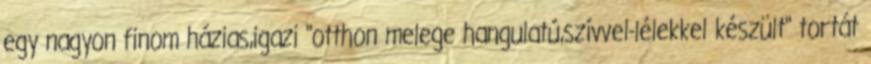
egy nagyon finom házias,igazi "otthon melege hangulatú,szívvel-lélekkel készült" tortát